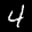
Label: 4